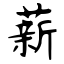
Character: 薪